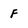
Character: F